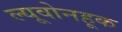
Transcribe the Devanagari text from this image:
ल्यूवोनहूक